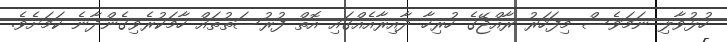
ހުޅުވާލި ނަމަވެސް މިފަހަރު ރާއްޖޭގެ ހުރިހާ ދާއިރާއެއްގައި އޮތް ފުރުސަތުތައް ހާމަކުރެވިގެންދާނެ ކަމަށެވެ.